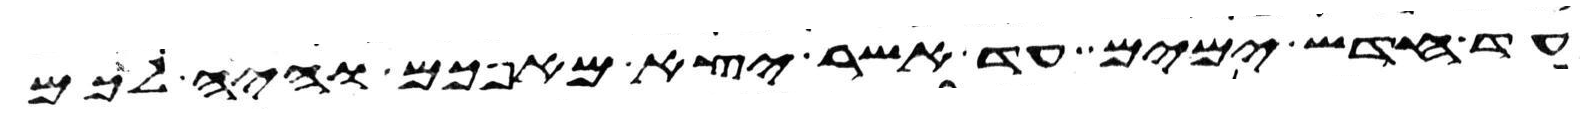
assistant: עד חדש ימים עד אשר יצא מאפכם והיה לכם